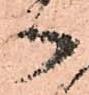
御